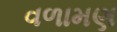
વળામણ